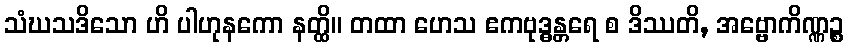
သံဃသဒိသော ဟိ ပါဟုနကော နတ္ထိ။ တထာ ဟေသ ဧကဗုဒ္ဓန္တရေ စ ဒိဿတိ, အဗ္ဗောကိဏ္ဏဉ္စ